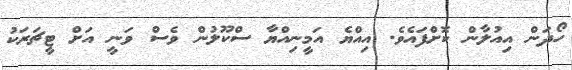
ހޯދަން އިއުލާން ކޮށްފައެވެ. އިއްޔެ އަމީނިއްޔާ ސްކޫލުން ވެސް ވަނީ އަށް ޓީޗަރަކު